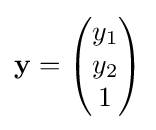
\mathbf {y} ={\begin{pmatrix}y_{1}\\y_{2}\\1\end{pmatrix}}